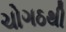
ચોગઠથી